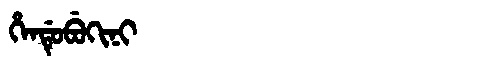
Manchu: ᡥᡝᠨᡩᡠᠪᡠᡴᡳᠨᡳ
Romanization: HENDUBUKINI